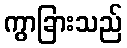
ကွာခြားသည်